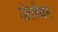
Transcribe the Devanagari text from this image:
अंतवेंधन